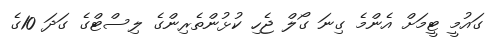
ގައުމީ ޓީމަށް އެންމެ ގިނަ ގޯލް ޖެހި ކުޅުންތެރިންގެ ލިސްޓްގެ ގަދަ 10ގެ